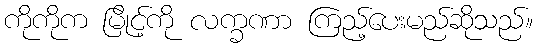
ကိုကိုက မြိုင့်ကို လက္ခဏာ ကြည့်ပေးမည်ဆိုသည်။